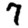
Digit: 7